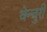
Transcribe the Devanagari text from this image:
वेन्चुरी